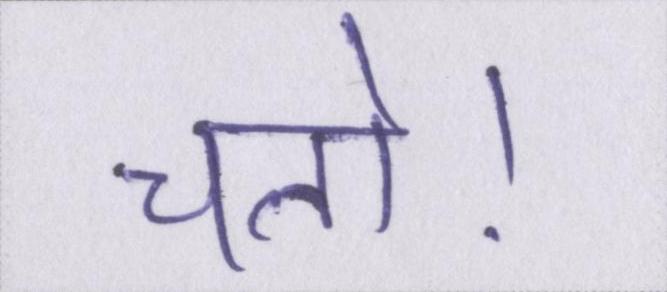
चलो।